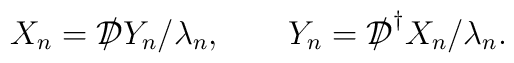
X_n = {{\cal D}\kern-0.15em\raise0.17ex\llap{/}\kern0.15em\relax} Y_n/\lambda_n, \qquad Y_n ={{\cal D}\kern-0.15em\raise0.17ex\llap{/}\kern0.15em\relax}^\dagger{X_n}/ \lambda_n.